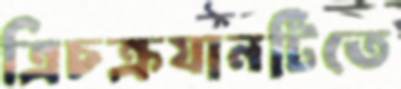
ত্রিচক্রযানটিতে